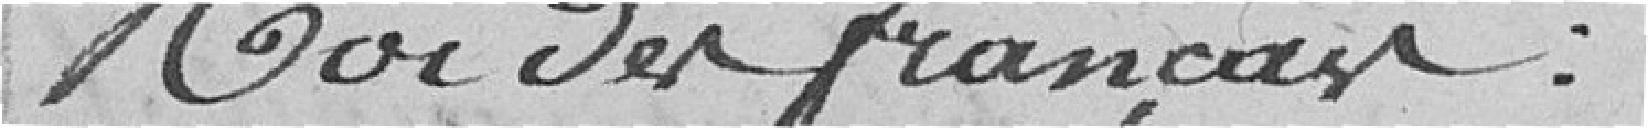
roi des Français